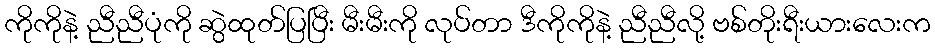
ကိုကိုနဲ့ ညီညီပုံကို ဆွဲထုတ်ပြပြီး မီးမီးကို လုပ်တာ ဒီကိုကိုနဲ့ ညီညီလို့ ဗစ်တိုးရီးယားလေးက